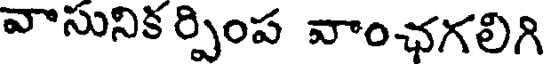
వాసునిక ర్పింప వాంఛగలిగి